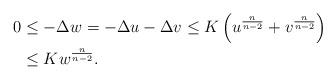
LaTeX: \begin{align*} 0&\leq-\Delta w=-\Delta u-\Delta v\leq K\left(u^{\frac{n}{n-2}} +v^{\frac{n}{n-2}}\right)\\ &\leq Kw^{\frac{n}{n-2}} . \end{align*}